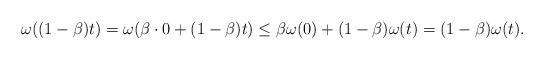
LaTeX: \begin{align*} \omega((1-\beta)t) = \omega(\beta\cdot 0 + (1-\beta) t) \leq \beta\omega(0) + (1-\beta)\omega(t) = (1-\beta)\omega(t).\end{align*}